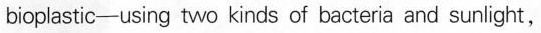
bioplastic-using two kinds of bacteria and sunlight,